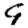
Digit: 9